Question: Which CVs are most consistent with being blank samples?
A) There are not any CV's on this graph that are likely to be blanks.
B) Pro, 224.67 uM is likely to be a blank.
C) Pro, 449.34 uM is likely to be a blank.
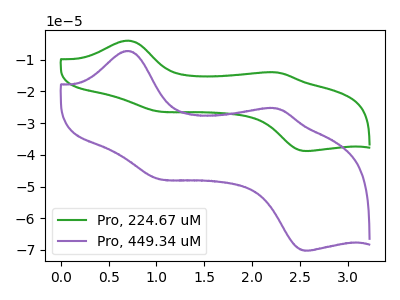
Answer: <think>The green curve "Pro, 224.67 uM" has anodic peaks at (0.70V, -4.00uA) (2.25V, -14.05uA) and cathodic peaks at (1.05V, -26.35uA) (2.60V, -38.80uA). The purple curve "Pro, 449.34 uM" has anodic peaks at (0.70V, -7.25uA) (2.25V, -25.40uA) and cathodic peaks at (1.05V, -47.70uA) (2.60V, -70.25uA).</think>
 <answer>A) There are not any CV's on this graph that are likely to be blanks.</answer>
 <eval>A</eval>